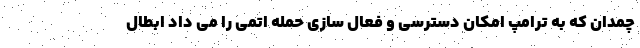
چمدان که به ترامپ امکان دسترسی و فعال سازی حمله اتمی را می داد ابطال